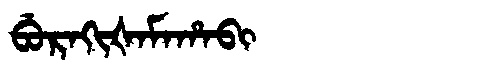
Manchu: ᠪᡠᡵᠠᡴᡳᡧᠠᠮᠠᡥᠠᠪᡳ
Romanization: BURAKIŠAMAHABI